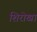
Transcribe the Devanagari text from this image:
शिरोखा